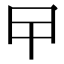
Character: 曱